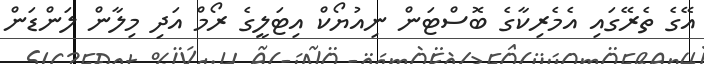
އޭގެ ތެރޭގައި އެމެރިކާގެ ބޮސްޓަން ނިއުޔޯކް އިޓަލީގެ ރޯމް އަދި މިލާން ލަންޑަން